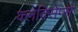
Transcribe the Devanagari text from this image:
क्लेविसेप्स